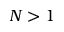
N > 1